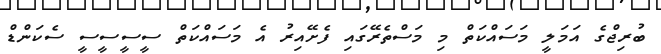
ބުރިޖްގެ އަމަލީ މަސައްކަތް މި މަސްތެރޭގައި ފެށޭއިރު އެ މަސައްކަތް ސީސީސީސީ ސެކަންޑް